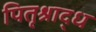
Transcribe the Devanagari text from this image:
पितृश्राद्ध